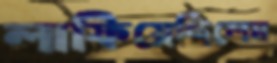
লাফিয়েছিলেম